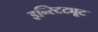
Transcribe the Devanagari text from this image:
इन्स्टिट्यूट